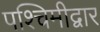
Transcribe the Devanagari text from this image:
पश्चिमीद्वार